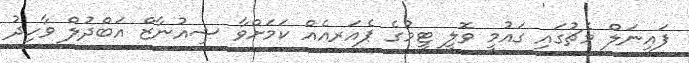
ފައިނަލް މެޗުގައި ގައުމީ ވޮލީ ޓީމުގެ ޕެއަރއެއް ކަމަށްވާ ޝިއުނާޒް އަބްދުލް ވާހިދު